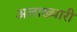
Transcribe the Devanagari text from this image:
अलाख्धारी